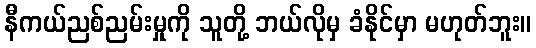
နီကယ်ညစ်ညမ်းမှုကို သူတို့ ဘယ်လိုမှ ခံနိုင်မှာ မဟုတ်ဘူး။